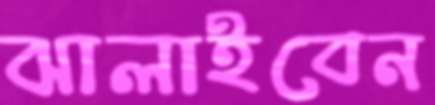
ঝালাইবেন